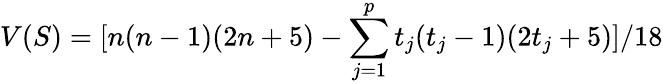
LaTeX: V(S)={{[n(n-1)(2n+5)-\sum_{j=1}^{p}t_{j}(t_{j}-1)(2t_{j}+5)]}/18}